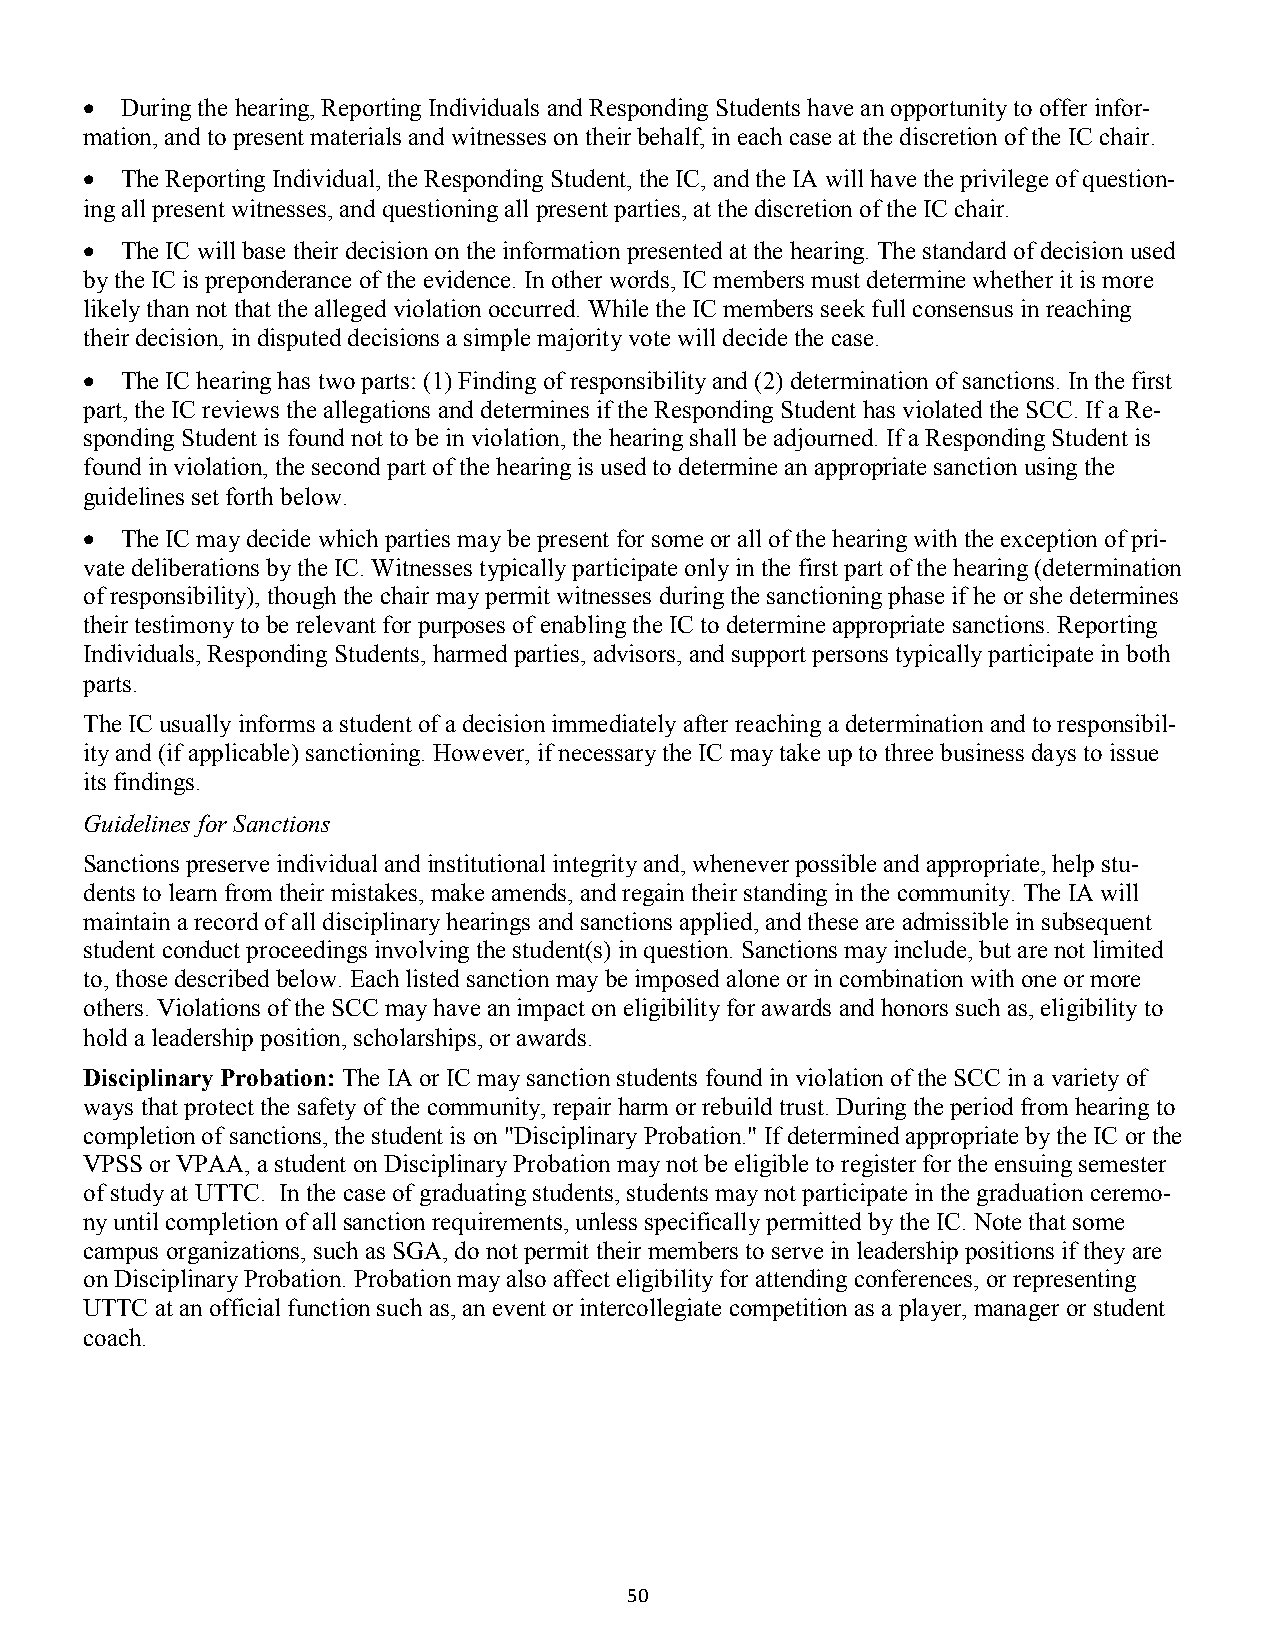
 During the hearing, Reporting Individuals and Responding Students have an opportunity to offer infor-
 mation, and to present materials and witnesses on their behalf, in each case at the discretion of the IC chair.
  The Reporting Individual, the Responding Student, the IC, and the IA will have the privilege of question-
 ing all present witnesses, and questioning all present parties, at the discretion of the IC chair.
  The IC will base their decision on the information presented at the hearing. The standard of decision used
 by the IC is preponderance of the evidence. In other words, IC members must determine whether it is more
 likely than not that the alleged violation occurred. While the IC members seek full consensus in reaching
 their decision, in disputed decisions a simple majority vote will decide the case.
  The IC hearing has two parts: (1) Finding of responsibility and (2) determination of sanctions. In the first
 part, the IC reviews the allegations and determines if the Responding Student has violated the SCC. If a Re-
 sponding Student is found not to be in violation, the hearing shall be adjourned. If a Responding Student is
 found in violation, the second part of the hearing is used to determine an appropriate sanction using the
 guidelines set forth below.
  The IC may decide which parties may be present for some or all of the hearing with the exception of pri-
 vate deliberations by the IC. Witnesses typically participate only in the first part of the hearing (determination
 of responsibility), though the chair may permit witnesses during the sanctioning phase if he or she determines
 their testimony to be relevant for purposes of enabling the IC to determine appropriate sanctions. Reporting
 Individuals, Responding Students, harmed parties, advisors, and support persons typically participate in both
 parts.
 The IC usually informs a student of a decision immediately after reaching a determination and to responsibil-
 ity and (if applicable) sanctioning. However, if necessary the IC may take up to three business days to issue
 its findings.
 Guidelines for Sanctions
 Sanctions preserve individual and institutional integrity and, whenever possible and appropriate, help stu-
 dents to learn from their mistakes, make amends, and regain their standing in the community. The IA will
 maintain a record of all disciplinary hearings and sanctions applied, and these are admissible in subsequent
 student conduct proceedings involving the student(s) in question. Sanctions may include, but are not limited
 to, those described below. Each listed sanction may be imposed alone or in combination with one or more
 others. Violations of the SCC may have an impact on eligibility for awards and honors such as, eligibility to
 hold a leadership position, scholarships, or awards.
 Disciplinary Probation: The IA or IC may sanction students found in violation of the SCC in a variety of
 ways that protect the safety of the community, repair harm or rebuild trust. During the period from hearing to
 completion of sanctions, the student is on "Disciplinary Probation." If determined appropriate by the IC or the
 VPSS or VPAA, a student on Disciplinary Probation may not be eligible to register for the ensuing semester
 of study at UTTC. In the case of graduating students, students may not participate in the graduation ceremo-
 ny until completion of all sanction requirements, unless specifically permitted by the IC. Note that some
 campus organizations, such as SGA, do not permit their members to serve in leadership positions if they are
 on Disciplinary Probation. Probation may also affect eligibility for attending conferences, or representing
 UTTC at an official function such as, an event or intercollegiate competition as a player, manager or student
 coach.
 50